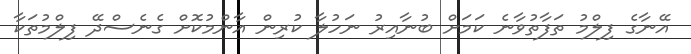
އޭނާގެ ފިލްމު ތަފާތުވާނެ ކަމަށް ބުނާއިރު ނަހުލާ ކުރިން އާންމުކޮށް ގެނެސްދޭ ފިލްމުތަކާ